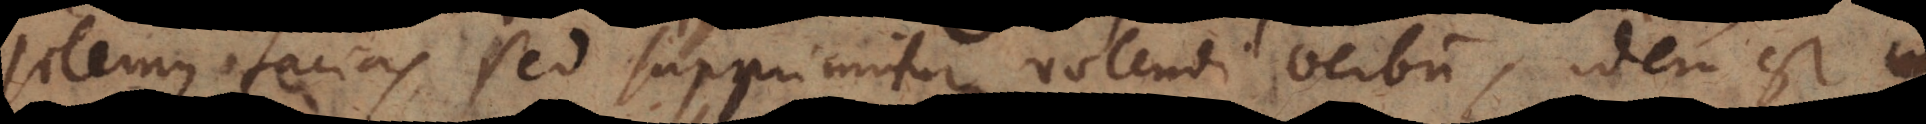
solemus facias, sed supprimitur volendi verbum, idem est